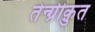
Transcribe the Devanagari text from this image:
तेन्ग्रीक़ुत